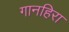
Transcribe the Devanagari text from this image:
गानहिरा